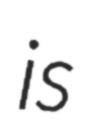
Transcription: is